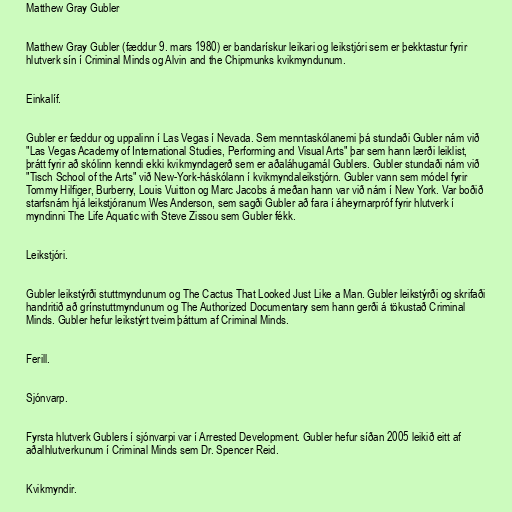
Matthew Gray Gubler

Matthew Gray Gubler (fæddur 9. mars 1980) er bandarískur leikari og leikstjóri sem er þekktastur fyrir
hlutverk sín í Criminal Minds og Alvin and the Chipmunks kvikmyndunum.

Einkalíf.

Gubler er fæddur og uppalinn í Las Vegas í Nevada. Sem menntaskólanemi þá stundaði Gubler nám við
"Las Vegas Academy of International Studies, Performing and Visual Arts" þar sem hann lærði leiklist,
þrátt fyrir að skólinn kenndi ekki kvikmyndagerð sem er aðaláhugamál Gublers. Gubler stundaði nám við
"Tisch School of the Arts" við New-York-háskólann í kvikmyndaleikstjórn. Gubler vann sem módel fyrir
Tommy Hilfiger, Burberry, Louis Vuitton og Marc Jacobs á meðan hann var við nám í New York. Var boðið
starfsnám hjá leikstjóranum Wes Anderson, sem sagði Gubler að fara í áheyrnarpróf fyrir hlutverk í
myndinni The Life Aquatic with Steve Zissou sem Gubler fékk.

Leikstjóri.

Gubler leikstýrði stuttmyndunum og The Cactus That Looked Just Like a Man. Gubler leikstýrði og skrifaði
handritið að grínstuttmyndunum og The Authorized Documentary sem hann gerði á tökustað Criminal
Minds. Gubler hefur leikstýrt tveim þáttum af Criminal Minds.

Ferill.

Sjónvarp.

Fyrsta hlutverk Gublers í sjónvarpi var í Arrested Development. Gubler hefur síðan 2005 leikið eitt af
aðalhlutverkunum í Criminal Minds sem Dr. Spencer Reid.

Kvikmyndir.